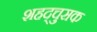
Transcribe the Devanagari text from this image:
शहद्चुसक